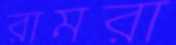
রামরা